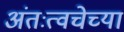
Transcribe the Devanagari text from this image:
अंतःत्वचेच्या